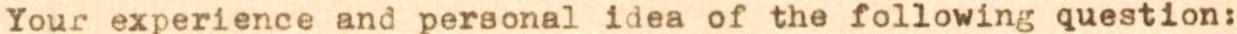
Your experience and personal idea of the following question: